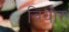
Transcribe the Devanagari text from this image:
वियोर